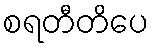
စရတီတိပေ